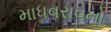
માધવરાવનો